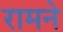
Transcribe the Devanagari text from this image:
रामने